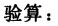
验算：